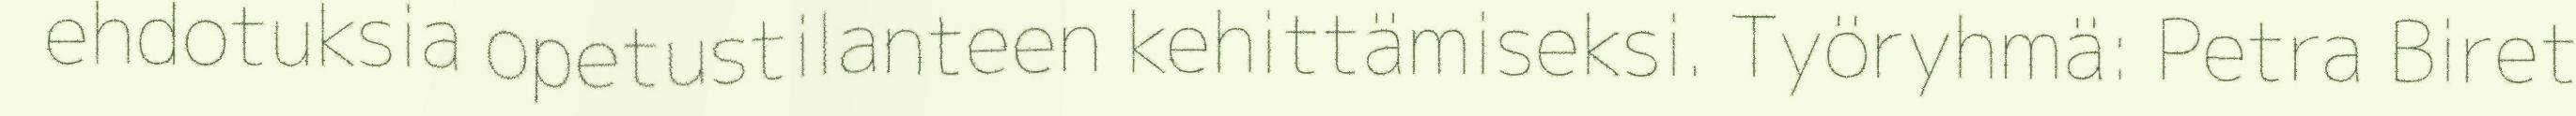
ehdotuksia opetustilanteen kehittämiseksi. Työryhmä: Petra Biret